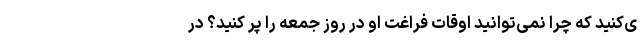
ی‌کنید که چرا نمی‌توانید اوقات فراغت او در روز جمعه را پر کنید؟ در